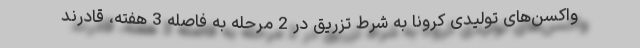
واکسن‌های تولیدی کرونا به شرط تزریق در 2 مرحله به فاصله 3 هفته، قادرند